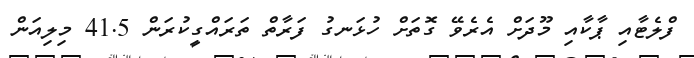
ފްލެޓާއި ޕާކާއި މޫދަށް އެރެވޭ ގޮތަށް ހުޅަނގު ފަރާތް ތަރައްގީކުރަން 41.5 މިލިއަން